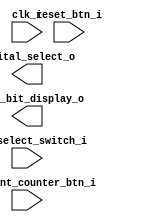
`timescale 1ns / 1ps

// EC-311 Lab-2 Part-2

module seven_segment_display_counter (
  
  input wire                    clk_i,                          // input clock
  input wire                    reset_btn_i,                    // input pushbutton for active HIGH reset (Note, not active LOW)
  input wire                    increment_counter_btn_i,        // input push button for counter increment
  input wire                    mode_select_switch_i,           // mode select switch

  output wire [3:0]             digital_select_o,               // 4 bit digital select output for 7 segment displays
  output wire [6:0]             seven_bit_display_o             // 7 bit encoded digital display value

);

// Your lab2 part-2 code comes here


endmodule